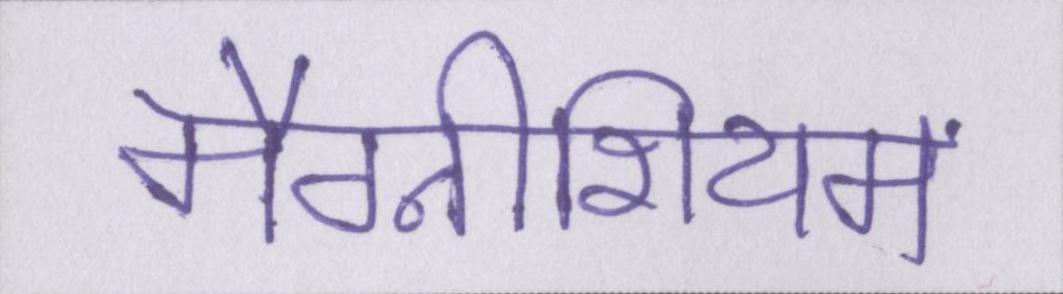
मैग्नीशियम